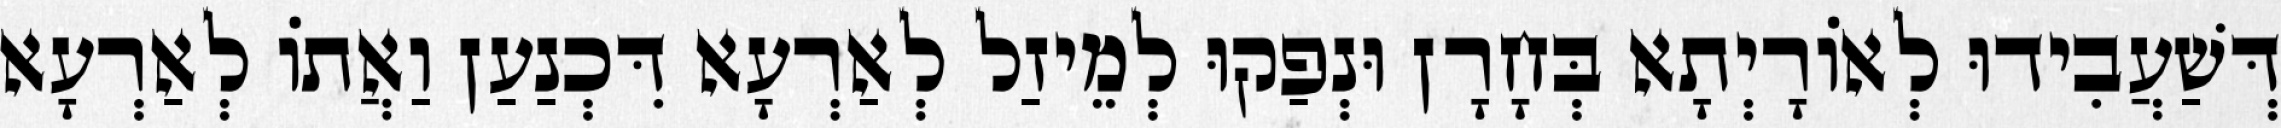
דְּשַׁעֲבִידוּ לְאוֹרָיְתָא בְּחָרָן וּנְפַקוּ לְמֵיזַל לְאַרְעָא דִּכְנַעַן וַאֲתוֹ לְאַרְעָא